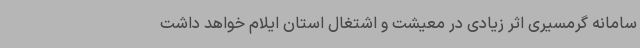
سامانه گرمسیری اثر زیادی در معیشت و اشتغال استان ایلام خواهد داشت